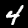
Label: 4